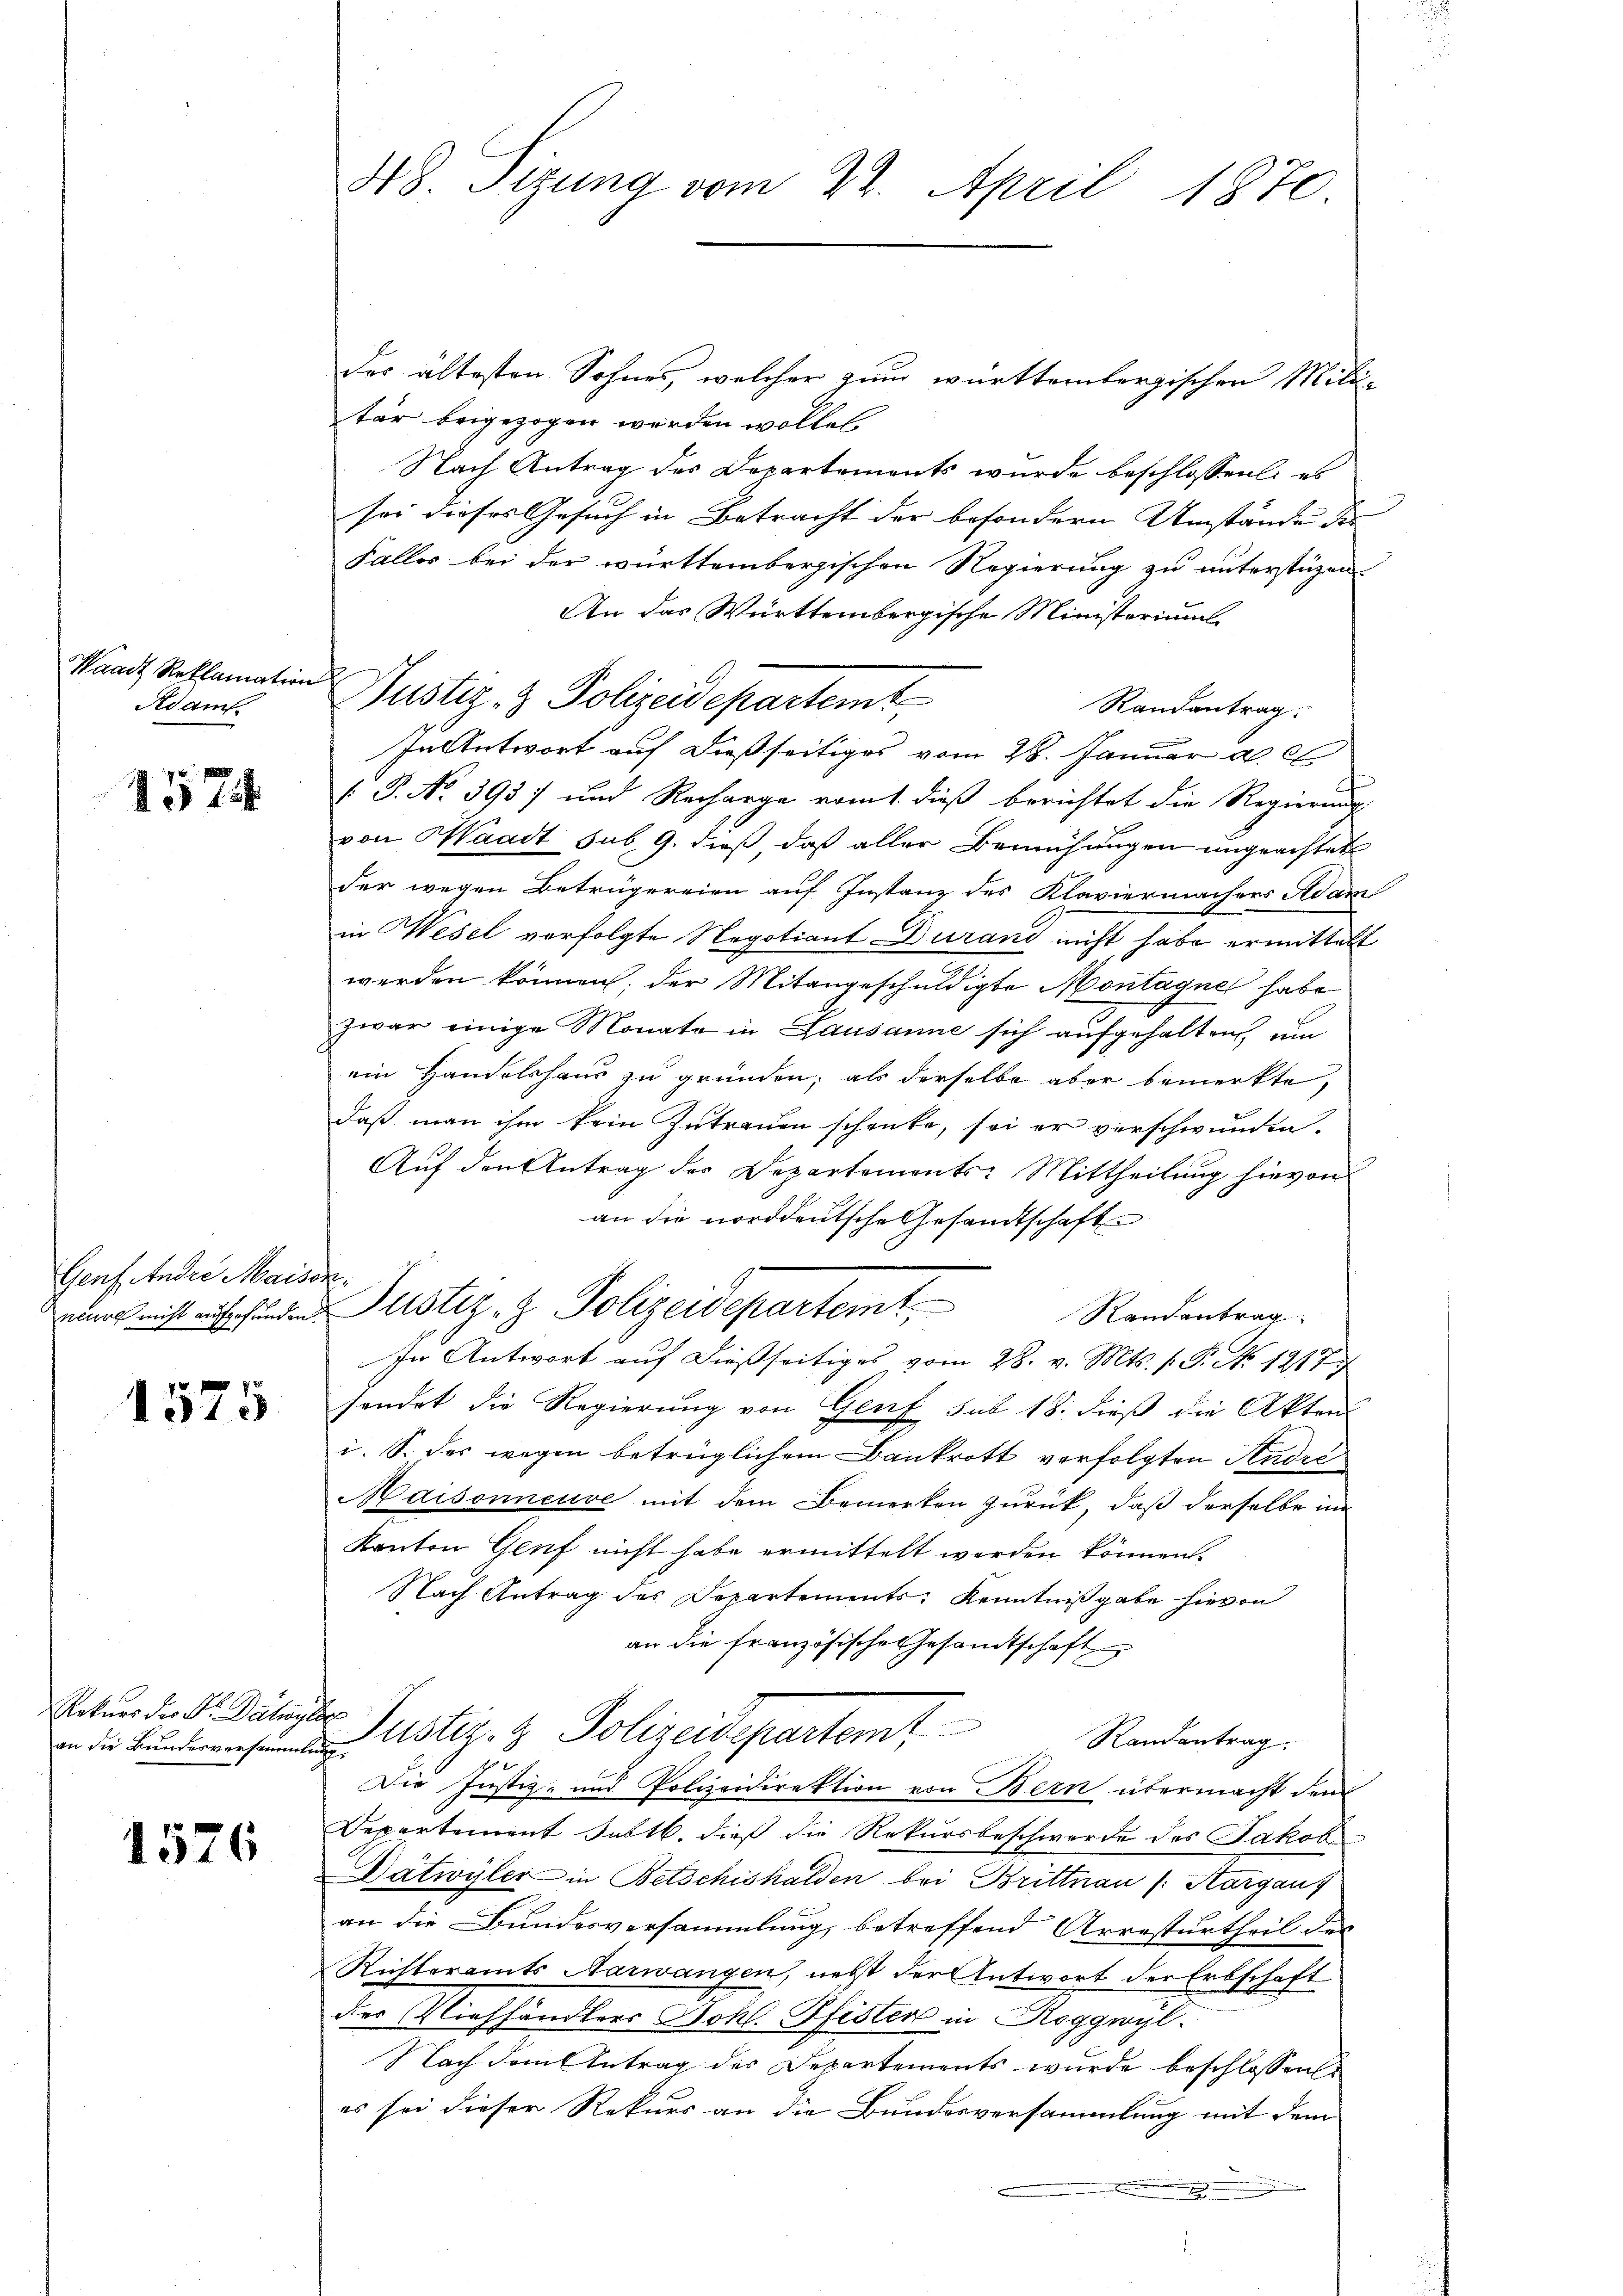
Handt Reklamation
Adam

1574

Genf Andre Maison.

1575

Rekurs der Dr. Dätwyler
an die Bundesversammlung.

1576

48. Sizung vom 22. April 1870.

der ältesten Sohnes, welcher zum württembergischen Mili-
tär beigezogen werden wollet
Nach Antrag des Departements wurde beschlossen: es
sei dieses Gesuch in Betracht der besondern Umstände des |
Faller bei der württembergischen Regierung zu unterstüzen.
An das Württembergische Ministeriums
Randantrag:
InAntwort auf dießseitiges vom 28. Januar a. c.
 P. No. 3937 und Recharge vom 1. dieß berichtet die Regierung
von Waadt sub. 9. dieß daß aller Bemühungen ungeachtet
der wegen Betrügereien auf Instanz des Klaviermachers Adam
in Wesel verfolgte Negotiant Duranz nicht habe ermittelt
werden können, der Mitangeschuldigte Montagner habe
zwar einige Monate in Lausanne sich aufgehalten, um
ein Handelshaus zu gründen; als derselbe aber bemerkte,
daß man ihm kein Zutrauen schenke, sei er verschwunden.
Auf den Antrag der Departemonts-Mittheilung hievon
an die norddeutsche Gesandtschaft
r nicht mich den Justiz- & Polizeidepartemt
Randantrag
In Antwort auf dießseitiges vom 28. v. Mts. f. P. No 1217
sendet die Regierung von Genf sub 18. dieß die Akten
i. S. des wegen betrüglichem Bankrott verfolgten Studie
Maisonneuve mit dem Bemerken zurück, daß derselbe im
Kanton Genf nicht habe ermittelt werden können.
Nach Antrag des Departements Kenntnißgabe hievon
an die französische Gesamtschaft
Justiz- & Polizeisepartemt
Randantrag.
104
Die Justiz- und Polizeidirektion von Bern übermacht dem
Departement Subtl. dieß die Rekursbeschwerde des Jakob
Dätwyler in Betschishalden bei Brittnau (:Kargauf
an die Bundesversammlung, betreffend Arresturtheil der
Richteramts Aarwangen, nebst der Antwort der Erbschaft
der Viehhändlers Johl. Pfister in Roggwyl.
Nach dem Antrag des Departements wurde beschlossen
es sei dieser Rekurs an die Bundesversammlung mit dem

Nustiz- & Polizeidepartemt